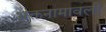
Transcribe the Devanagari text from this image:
भक्तनामावली